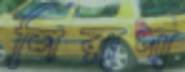
শিরাপা